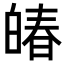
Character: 㿤